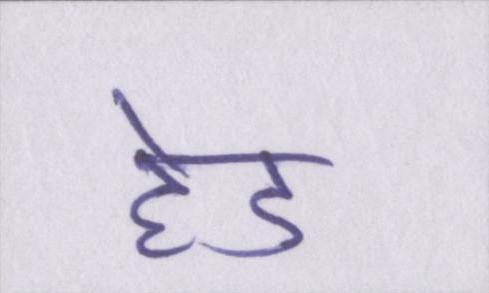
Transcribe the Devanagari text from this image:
हेड